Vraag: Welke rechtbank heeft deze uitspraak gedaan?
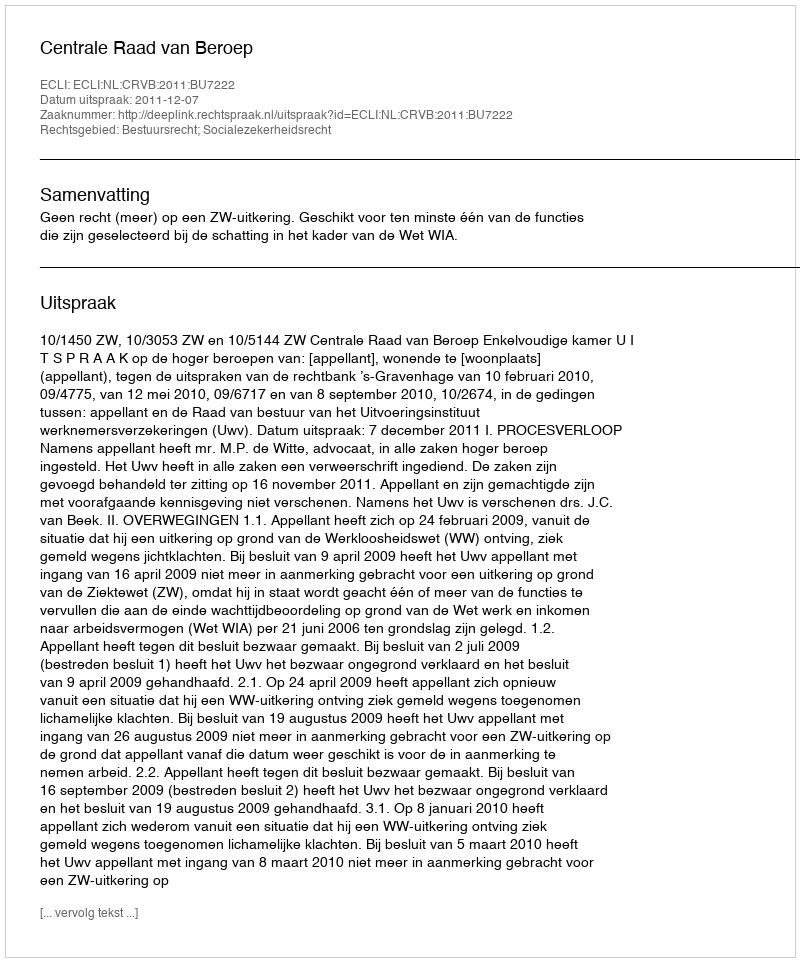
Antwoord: Centrale Raad van Beroep